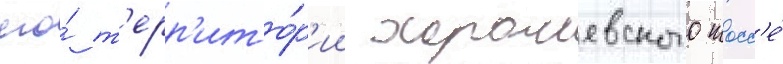
его́ т'ерр'ито́р'ии хорошевского шосс'е́